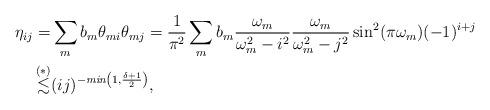
LaTeX: \begin{align*} \eta_{ij} = &\sum_m b_m \theta_{mi}\theta_{mj} = \frac{1}{\pi^2}\sum_mb_m \frac{\omega_m}{\omega_m^2-i^2} \frac{\omega_m}{\omega_m^2-j^2} \sin^2(\pi \omega_m) (-1)^{i+j} \\ \stackrel{(*)}{\lesssim}& (ij)^{-\emph{min}\left(1,\frac{\delta+1}{2}\right)},\end{align*}